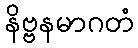
နိဗ္ဗနမာဂတံ